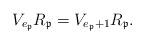
LaTeX: \begin{align*}V_{e_{\mathfrak{p}}} R_{\mathfrak{p}}=V_{e_{\mathfrak{p}}+1} R_{\mathfrak{p}}.\end{align*}